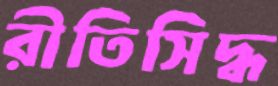
রীতিসিদ্ধ